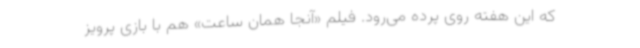
که این هفته روی پرده می‌رود. فیلم «آنجا همان ساعت» هم با بازی پرویز